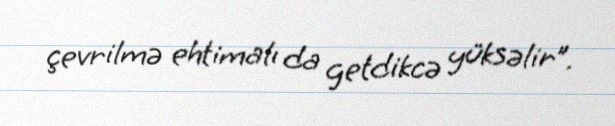
çevrilmə ehtimalı da getdikcə yüksəlir”.